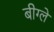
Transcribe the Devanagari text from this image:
बीग्ले